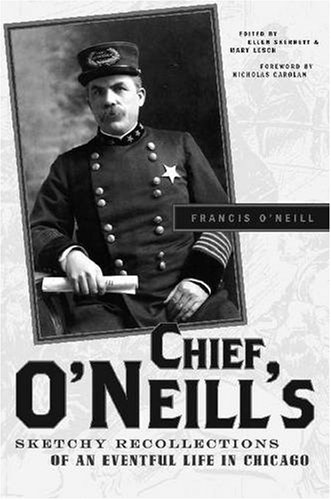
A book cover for Chief O'Neill's Sketchy Recollections of an Eventful Life in Chicago; Francis O'Neill; Biographies & Memoirs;